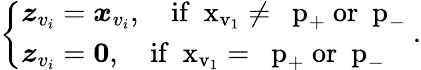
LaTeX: \left\{ \begin{array}{ll}{{\boldsymbol z}_{v_{i}}={\boldsymbol x}_{v_{i}},\quad\mathrm{if~{\boldsymbol~x}_{v_1}\neq~{\boldsymbol~p}_+~or~{\boldsymbol~p}_-~}}\\ {{\boldsymbol z}_{v_{i}}={\boldsymbol{0}},\quad\mathrm{if~{\boldsymbol~x}_{v_1}=~{\boldsymbol~p}_+~or~{\boldsymbol~p}_-~}}\end{array}\right..